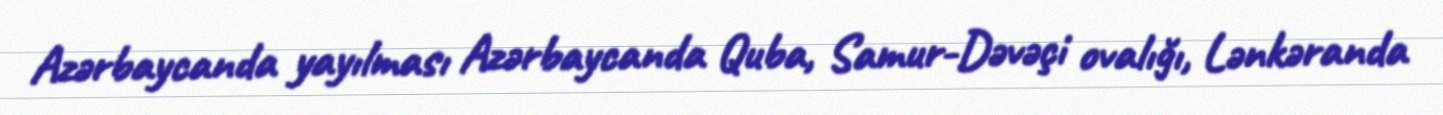
Azərbaycanda yayılması Azərbaycanda Quba, Samur-Dəvəçi ovalığı, Lənkəranda